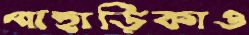
পাহাড়িকাও